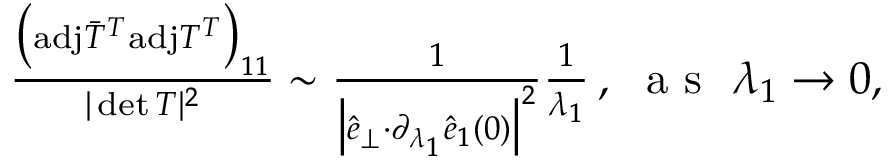
\begin{array} { r } { \! \! \! \frac { \big ( \mathrm { a d j } \bar { T } ^ { T } \mathrm { a d j } T ^ { T } \big ) _ { 1 1 } } { \vert \operatorname* { d e t } T \vert ^ { 2 } } \sim \frac { 1 } { \big \vert \hat { e } _ { \perp } { \cdot } \partial _ { \lambda _ { 1 } } \hat { e } _ { 1 } ( 0 ) \big \vert ^ { 2 } } \frac { 1 } { \lambda _ { 1 } } \, , ~ \mathrm { ~ a ~ s ~ } ~ \lambda _ { 1 } \rightarrow 0 , } \end{array}